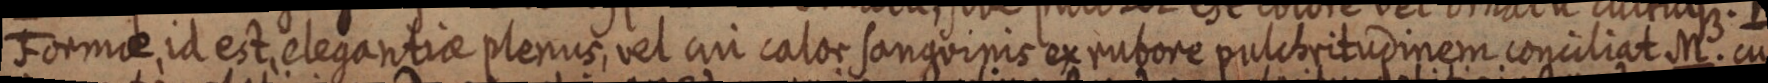
Formae, id est elegantiae plenus, vel cui calor sanguinis ex rubore pulchritudinem conciliat. M. cu